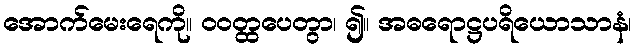
အောက်မေးရေကို။ ဝဝတ္ထပေတွာ၊ ၍။ အဓရောဋ္ဌပရိယောသာနံ၊